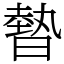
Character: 暬